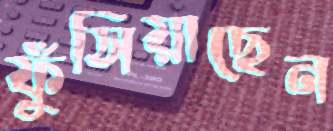
ফুঁসিয়াছেন